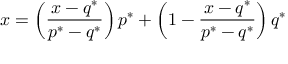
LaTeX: x = \left( { \frac { x - q ^ { * } } { p ^ { * } - q ^ { * } } } \right) p ^ { * } + \left( 1 - { \frac { x - q ^ { * } } { p ^ { * } - q ^ { * } } } \right) q ^ { * }